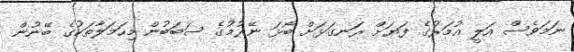
ނަމަވެސް އަލީ އުމަރުގެ ފަޔަށް ރަނގަޅަށް ބޯޅަ ނޭރުމުގެ ސަބަބުން މިހަމަލާތަކުގެ ބޭނުން